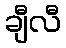
ချီလီ